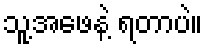
သူ့အဖေနဲ့ ရတာပဲ။